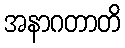
အနာဂတာတိ